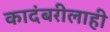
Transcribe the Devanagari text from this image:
कादंबरीलाही